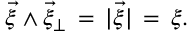
\vec { \xi } \wedge \vec { \xi } _ { \perp } \, = \, | \vec { \xi } | \, = \, \xi .